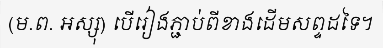
(ម.ព. អស្សុ) បើរៀងភ្ជាប់ពីខាងដើមសព្ទដទៃ។